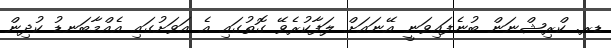
ޑރ. ކްރިޝްނަން ބުނެފައިވަނީ އޭނައަށް ލަފާކުރެވޭ ގޮތުގައި އެ އަވަށުގައި އެއްމާބަނޑު ކުދިން